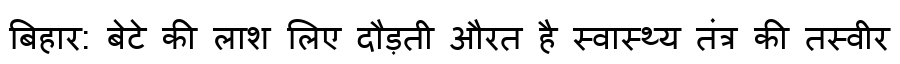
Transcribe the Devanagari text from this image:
बिहार: बेटे की लाश लिए दौड़ती औरत है स्वास्थ्य तंत्र की तस्वीर